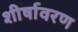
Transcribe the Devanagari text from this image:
शीर्षावरण